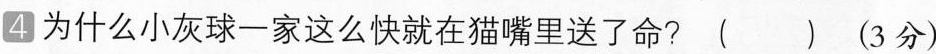
4 为什么小灰球一家这么快就在猫嘴里送了命? ( ) (3分)